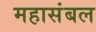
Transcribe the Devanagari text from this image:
महासंबल